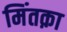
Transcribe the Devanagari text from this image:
मिंतक़ा